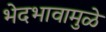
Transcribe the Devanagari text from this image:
भेदभावामुळे